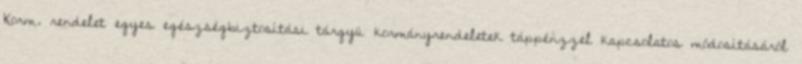
Korm. rendelet egyes egészségbiztosítási tárgyú kormányrendeletek táppénzzel kapcsolatos módosításáról